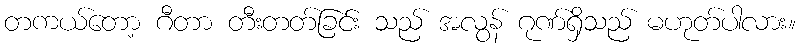
တကယ်တော့ ဂီတာ တီးတတ်ခြင်း သည် အလွန် ဂုဏ်ရှိသည် မဟုတ်ပါလား။